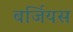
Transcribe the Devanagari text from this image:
बर्जियस